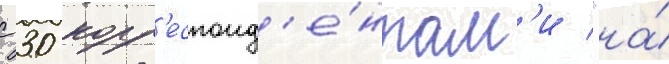
с 30 корр'еспонд'е́нтам'и "на́